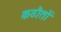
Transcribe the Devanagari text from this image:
कठौतों